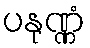
ပနုဏ္ဏံ